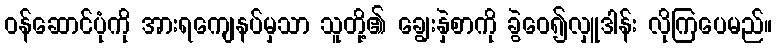
ဝန်ဆောင်ပုံကို အားရကျေနပ်မှသာ သူတို့၏ ချွေးနှဲစာကို ခွဲဝေ၍လှူဒါန်း လိုကြပေမည်။